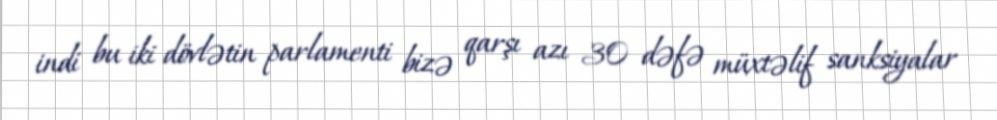
indi bu iki dövlətin parlamenti bizə qarşı azı 30 dəfə müxtəlif sanksiyalar